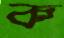
ক